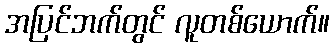
အပြင်ဘက်တွင် လူတစ်ယောက်။